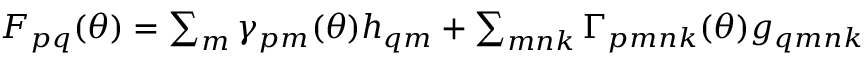
\begin{array} { r } { F _ { p q } ( { \boldsymbol { \theta } } ) = \sum _ { m } \gamma _ { p m } ( { \boldsymbol { \theta } } ) h _ { q m } + \sum _ { m n k } \Gamma _ { p m n k } ( { \boldsymbol { \theta } } ) g _ { q m n k } } \end{array}